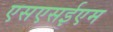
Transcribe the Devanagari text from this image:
एसएसईएम